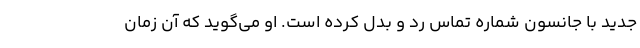
جدید با جانسون شماره تماس رد و بدل کرده است. او می‌گوید که آن زمان